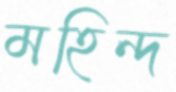
মহিন্দ